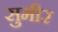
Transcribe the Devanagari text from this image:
सुमीर